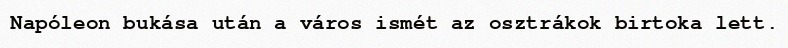
Napóleon bukása után a város ismét az osztrákok birtoka lett.